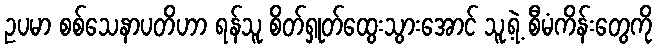
ဥပမာ စစ်သေနာပတိဟာ ရန်သူ စိတ်ရှုတ်ထွေးသွားအောင် သူ့ရဲ့ စီမံကိန်းတွေကို